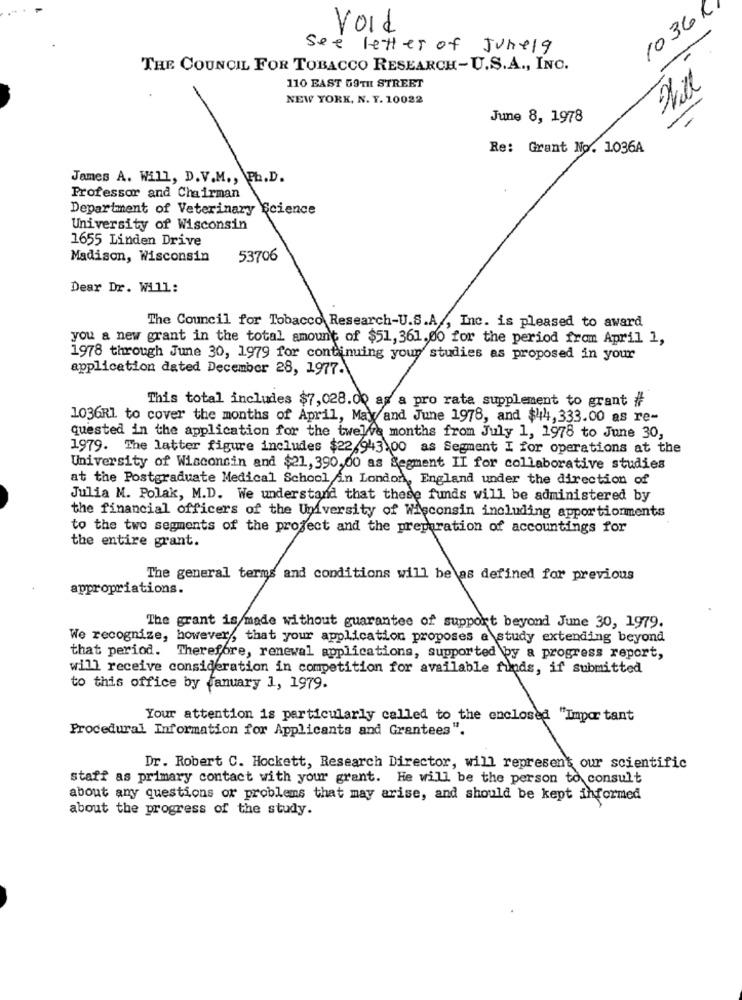
10361
Void
see letter of Junela
THE COUNCIL FOR TOBACCO RESEARCH-U.S.A ., INC.
110 EAST 59TIL STREET
NEW YORK, N. Y. 10022
June 8, 1978
-
-
Re: Grant No. 1036A
James A. Will, D.V.M ., Ph.D.
Professor and Chairman
Department of Veterinary Science
University of Wisconsin
1655 Linden Drive
Madison, Wisconsin
53706
Dear Dr. Will:
The Council for Tobacco Research-U.S.A ., Inc. is pleased to award
you a new grant in the total amount of $51, 361.00 for the period from April 1,
1978 through June 30, 1979 for continuing your studies as proposed in your
application dated December 28, 1977.
This total includes $7,028.00 as a pro rata supplement to grant if
1036RI to cover the months of April, May and June 1978, and $44, 333.00 as re-
quested in the application for the twelve months from July 1, 1978 to June 30,
1979. The latter figure includes $22-943.00 as Segment I for operations at the
University of Wisconsin and $21, 390,00 as Segment II for collaborative studies
at the Postgraduate Medical School in London, England under the direction of
Julia M. Polak, M.D. We understand that these funds will be administered by
the financial officers of the University of Wisconsin including apportionments
to the two segments of the project and the preparation of accountings for
the entire grant.
The general terms and conditions will be as defined for previous
appropriations.
tengo and
The grant is made without guarantee of support beyond June 30, 1979.
We recognize, however, that your application proposes a study extending beyond
that period. Therefore, renewal applications, supported by a progress report,
will receive consideration in competition for available funds, if submitted
to this office by january 1, 1979.
Your attention is particularly called to the enclosed "Important
Procedural Information for Applicants and Grantees".
Dr. Robert C. Hockett, Research Director, will represent our scientific
staff as primary contact with your grant. He will be the person to consult
about any questions or problems that may arise, and should be kept informed
about the progress of the study.